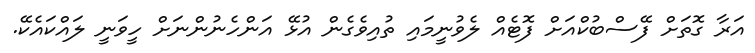
އަރާ ގޮތަށް ފޭސްބުކްއަށް ފޮޓެއް ލެވުނީމައި ތުއިވެގެން އުޅޭ އަންހެނުންނަށް ހީވަނީ ލައްކައެކޭ.